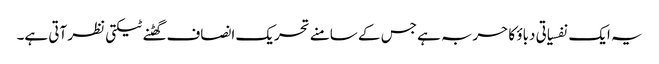
یہ ایک نفسیاتی دباؤ کا حربہ ہے جس کے سامنے تحریک انصاف گھٹنے ٹیکتی نظر آتی ہے۔